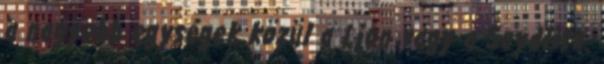
a nagyobb egységek közül a Lion vagy a Seydlitz.